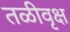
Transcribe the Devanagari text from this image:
तळीवृक्ष